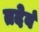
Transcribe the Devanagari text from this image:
तदेवं